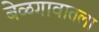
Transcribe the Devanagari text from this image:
बेळगावातला